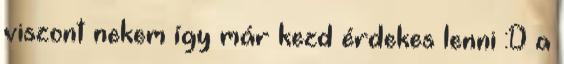
viszont nekem így már kezd érdekes lenni :D a